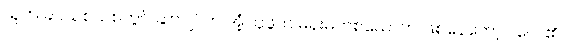
သူက ခပ်ယစ်ယစ်တွင် ဆာဂျင်က အံ့ဩဖွယ် မိန်းမတစ်ယောက် ဖြစ်နေတော့ပါလေ၏။